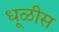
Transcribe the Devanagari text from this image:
धूळीस